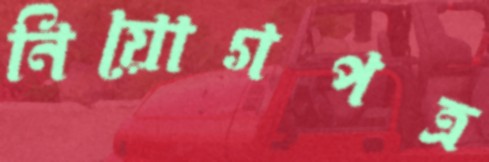
নিয়োগপত্র